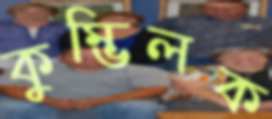
কুম্ভিলক